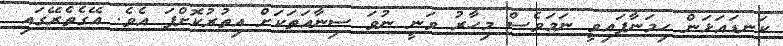
ކަނޑައަޅަން ހިމަނާފައިވީ ނަމަވެސް މިހާރު ވަނީ ނުވަ ސިނާއަތަކަށް އިތުރުކޮށްފަ އެވެ. އޭގެތެރޭގައި